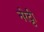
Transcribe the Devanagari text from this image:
नरेट्टी